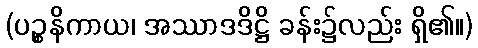
(ပဉ္စနိကာယ၊ အဿာဒဒိဋ္ဌိ ခန်း၌လည်း ရှိ၏။)